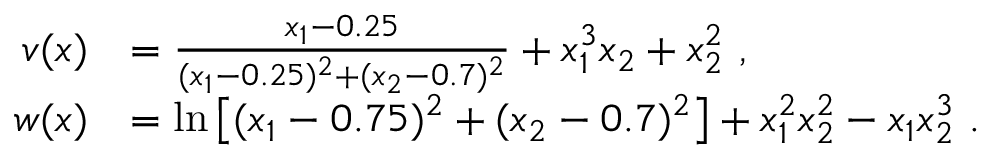
\begin{array} { r l } { v ( x ) } & { = \frac { x _ { 1 } - 0 . 2 5 } { ( x _ { 1 } - 0 . 2 5 ) ^ { 2 } + ( x _ { 2 } - 0 . 7 ) ^ { 2 } } + x _ { 1 } ^ { 3 } x _ { 2 } + x _ { 2 } ^ { 2 } ~ , } \\ { w ( x ) } & { = \ln \big [ ( x _ { 1 } - 0 . 7 5 ) ^ { 2 } + ( x _ { 2 } - 0 . 7 ) ^ { 2 } \big ] + x _ { 1 } ^ { 2 } x _ { 2 } ^ { 2 } - x _ { 1 } x _ { 2 } ^ { 3 } ~ . } \end{array}